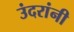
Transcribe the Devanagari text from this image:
उंदरांनी